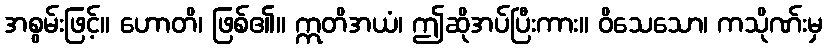
အစွမ်းဖြင့်။ ဟောတိ၊ ဖြစ်၏။ ဣတိအယံ၊ ဤဆိုအပ်ပြီးကား။ ဝိသေသော၊ ကသိုဏ်းမှ